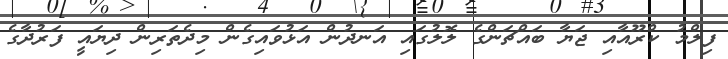
ފިލްމު ކްރޫއާއި ޖަޔާ ބައްޗަންގެ ލޮލުގައި އަނދުން އަޅުވައިގެން މިދެތަރިން ދިޔައީ ފަރުދާގެ